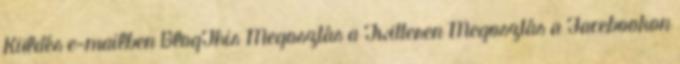
Küldés e-mailben BlogThis Megosztás a Twitteren Megosztás a Facebookon